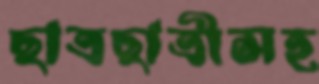
ছাত্রছাত্রীসহ